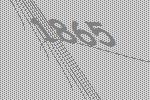
1865